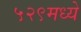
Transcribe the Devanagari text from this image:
५२९मध्ये